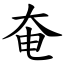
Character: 奄